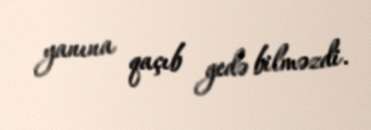
yanına qaçıb gedə bilməzdi.